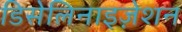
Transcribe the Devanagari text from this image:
डिसेलिनाइज़ेशन